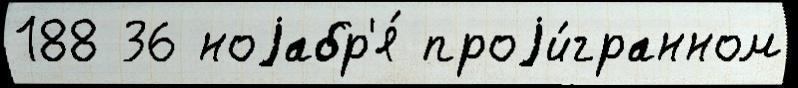
188 36 ноjабр'я́ проjи́гранном